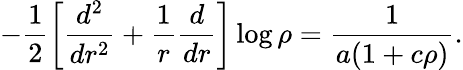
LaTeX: -\frac 12\left[\frac{d^{2}}{dr^{2}}+\frac 1r\frac d{dr}\right]\log\rho=\frac 1{a(1+c\rho)}.